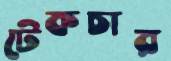
টেকচার